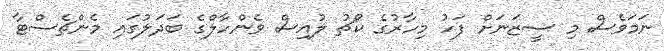
ނަމަވެސް މި ސީޒަނަށް ފަހު މިހާރުގެ ކޯޗު ލުއިސް ވެންހާލްގެ ބަދަލުގައި މެންޗެސްޓާ